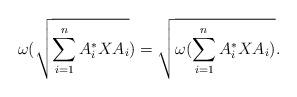
LaTeX: \begin{align*}\omega({\sqrt{\sum_{i=1}^n A_i^*XA_i}}) = {\sqrt{\omega(\sum_{i=1}^n A_i^*XA_i)}}.\end{align*}